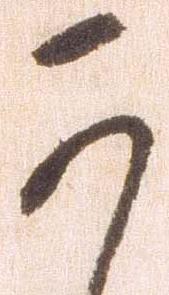
可